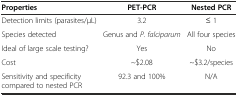
| Properties | PET-PCR | Nested PCR |
 | --- | --- | --- |
 | Detection limits (parasites/μL) | 3.2 | ≤ 1 |
 | Species detected | Genus and P. falciparum | All four species |
 | Ideal of large scale testing? | Yes | No |
 | Cost | ~$2.08 | ~$3.2/species |
 | Sensitivity and specificity compared to nested PCR | 92.3 and 100% | N/A |